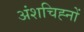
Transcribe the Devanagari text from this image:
अंशचिह्नों